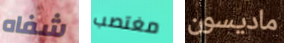
شفاه مغتصب ماديسون